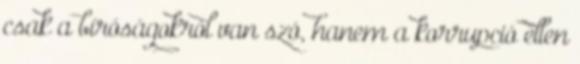
csak a bíróságokról van szó, hanem a korrupció ellen